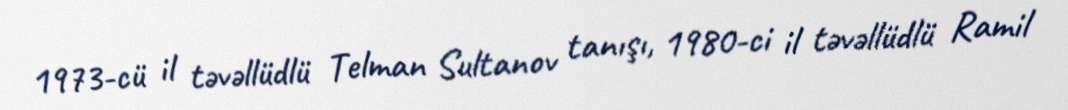
1973-cü il təvəllüdlü Telman Sultanov tanışı, 1980-ci il təvəllüdlü Ramil